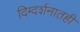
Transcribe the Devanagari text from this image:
दिग्दर्शनातही